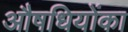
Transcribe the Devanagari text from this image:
औषधियोंका